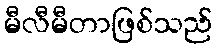
မီလီမီတာဖြစ်သည်